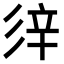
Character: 𨐍